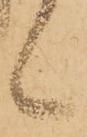
候